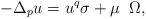
LaTeX: \begin{align*}-\Delta_{p}u = u^{q}\sigma + \mu \;\; \Omega,\end{align*}